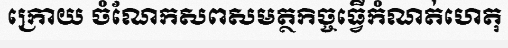
ក្រោយ ចំណែកសពសមត្ថកិច្ចធ្វើកំណត់ហេតុ